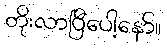
တိုးလာပြီပေါ့နော်။